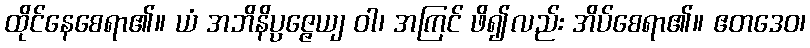
ထိုင်နေစေရာ၏။ ယံ အဘိနိပ္ပဇ္ဇေယျ ဝါ၊ အကြင် ဖိ၍လည်း အိပ်စေရာ၏။ ဧတဒေဝ၊